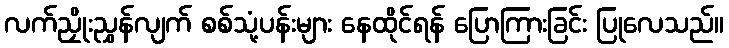
လက်ညှိုးညွှန်လျက် စစ်သုံ့ပန်းများ နေထိုင်ရန် ပြောကြားခြင်း ပြုလေသည်။